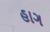
હાગ